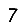
Digit: 7